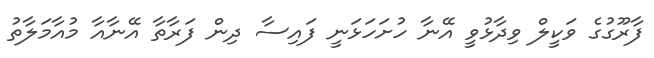
ފާރޫގުގެ ވަކީލް ވިދާޅުވީ އޭނާ ހުށަހަޅަނީ ފައިސާ ދިން ފަރާތާ އޭނާއާ މުއާމަލާތު